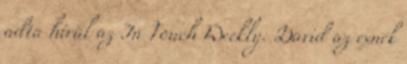
adta hírül az In Touch Weekly. David az exnek